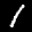
Label: 1